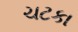
ચટકા